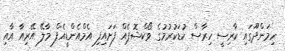
ހިމަންދޫގައި ކާރިސީ ހިރާސް ކުޑަކުރުމުގެ ވޯކްޝޮޕެއް ފަށައިފި އެމްއެންޑީއެފް މާލޭ އޭރިއާ އާއި